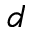
d